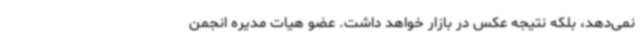
نمی‌دهد، بلکه نتیجه عکس در بازار خواهد داشت. عضو هیات مدیره انجمن